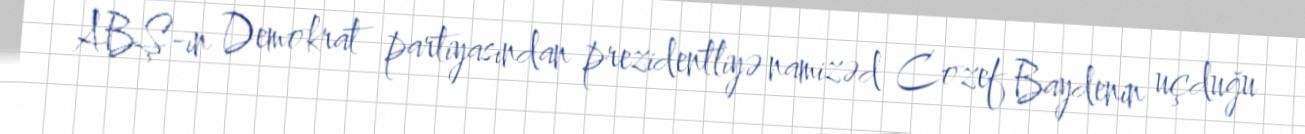
ABŞ-ın Demokrat partiyasından prezidentliyə namizəd Cozef Baydenin uçduğu